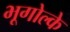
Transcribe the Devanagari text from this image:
भूगोल्के